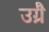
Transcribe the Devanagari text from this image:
उग्रै